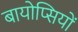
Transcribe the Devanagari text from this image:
बायोप्‍िसयों